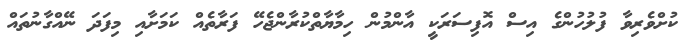
ކުށްވެރިވާ ފުލުހުންގެ އިސް އޮފިސަރަކީ އާންމުން ހިމާޔާތްކުރާންޖެހޭ ފަރާތެއް ކަމަށާއި މިފަދަ ނޭއްގާނުތައް